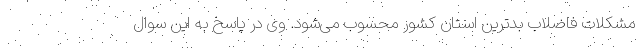
مشکلات فاضلاب بدترین استان کشور محسوب می‌شود. وی در پاسخ به این سوال